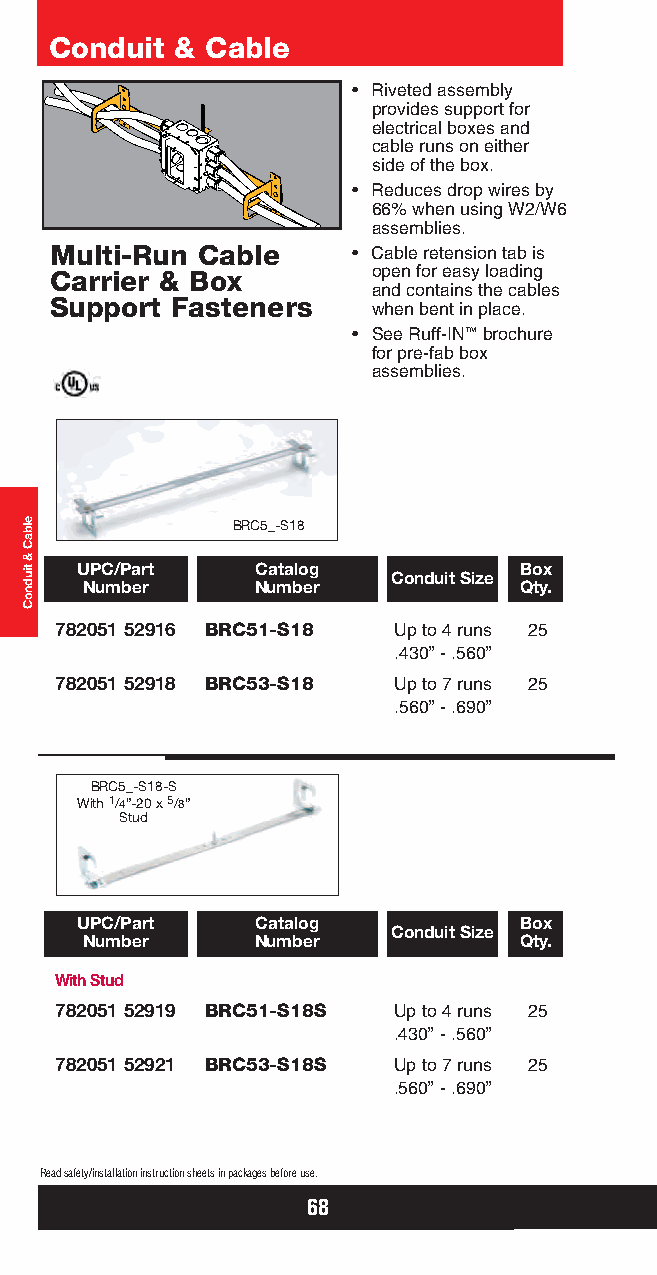
Conduit  & Cable
 • Riveted assembly
 provides support for
 electrical boxes and
 cable runs on either
 side of the box.
 • Reduces drop wires by
 66% when using W2/W6
 assemblies.
 Multi-Run Cable     • Cable retension tab is
 Carrier & Box         open for easy loading
 and contains the cables
 Support Fasteners
 when bent in place.
 • See Ruff-IN™brochure
 for pre-fab box
 assemblies.
 BRC5_-S18
 UPC/Part    Catalog          Box Conduit Size
 Number      Number           Qty.
 782051 52916 BRC51-S18 Up to 4 runs 25
 .430” - .560”
 782051 52918 BRC53-S18 Up to 7 runs 25
 .560” - .690”
 BRC5_-S18-S
 With 1/4”-20 x 5/8”
 Stud
 UPC/Part    Catalog          Box
 Conduit Size
 Number      Number           Qty.
 With Stud
 782051 52919 BRC51-S18S Up to 4 runs 25
 .430” - .560”
 782051 52921 BRC53-S18S Up to 7 runs 25
 .560” - .690”
 Read safety/installation instruction sheets in packages before use.
 68
 elbaC
 &
 tiudnoC